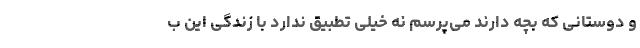
و دوستانی که بچه دارند می‌پرسم نه خیلی تطبیق ندارد با زندگی این ب